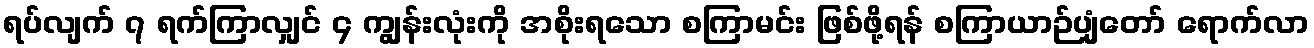
ရပ်လျက် ၇ ရက်ကြာလျှင် ၄ ကျွန်းလုံးကို အစိုးရသော စကြာမင်း ဖြစ်ဖို့ရန် စကြာယာဉ်ပျံတော် ရောက်လာ